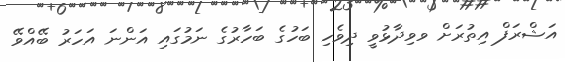
އަޝްރަފް އިތުރަށް ވވިދާޅުވީ ދިވެހި ބަހުގެ ބަހާރުގެ ނަމުގައި އަންނަ އަހަރު ބޭއްވޭ